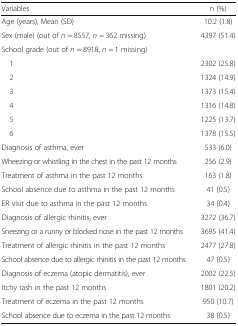
<table><thead><tr><td><b>Variables</b></td><td><b>n (%)</b></td></tr></thead><tbody><tr><td>Age (years), Mean (SD)</td><td>10.2 (1.8)</td></tr><tr><td>Sex (male) (out of <i>n</i> = 8557, <i>n</i> = 362 missing)</td><td>4397 (51.4)</td></tr><tr><td colspan="2">School grade (out of <i>n</i> = 8918, <i>n</i> = 1 missing)</td></tr><tr><td> 1</td><td>2302 (25.8)</td></tr><tr><td> 2</td><td>1324 (14.9)</td></tr><tr><td> 3</td><td>1373 (15.4)</td></tr><tr><td> 4</td><td>1316 (14.8)</td></tr><tr><td> 5</td><td>1225 (13.7)</td></tr><tr><td> 6</td><td>1378 (15.5)</td></tr><tr><td>Diagnosis of asthma, ever</td><td>533 (6.0)</td></tr><tr><td>Wheezing or whistling in the chest in the past 12 months</td><td>256 (2.9)</td></tr><tr><td>Treatment of asthma in the past 12 months</td><td>163 (1.8)</td></tr><tr><td>School absence due to asthma in the past 12 months</td><td>41 (0.5)</td></tr><tr><td>ER visit due to asthma in the past 12 months</td><td>34 (0.4)</td></tr><tr><td>Diagnosis of allergic rhinitis, ever</td><td>3272 (36.7)</td></tr><tr><td>Sneezing or a runny or blocked nose in the past 12 months</td><td>3695 (41.4)</td></tr><tr><td>Treatment of allergic rhinitis in the past 12 months</td><td>2477 (27.8)</td></tr><tr><td>School absence due to allergic rhinitis in the past 12 months</td><td>47 (0.5)</td></tr><tr><td>Diagnosis of eczema (atopic dermatitis), ever</td><td>2002 (22.5)</td></tr><tr><td>Itchy rash in the past 12 months</td><td>1801 (20.2)</td></tr><tr><td>Treatment of eczema in the past 12 months</td><td>950 (10.7)</td></tr><tr><td>School absence due to eczema in the past 12 months</td><td>38 (0.5)</td></tr></tbody></table>